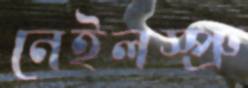
নেইলস্প্রু